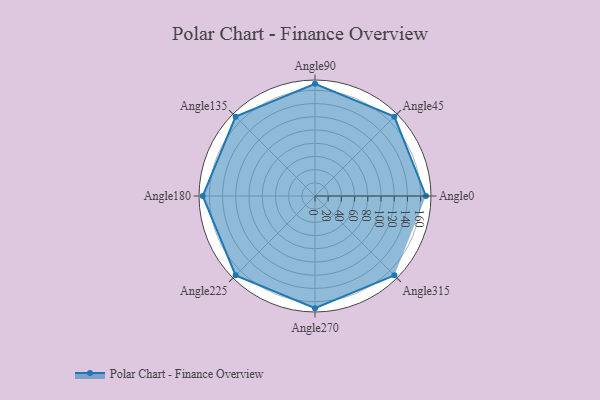
{"axis": {"x": "Angle", "y": "Radius"}, "legend": [""], "data": [{"x": "Angle0", "y": 168.0, "type": ""}, {"x": "Angle45", "y": 170.0, "type": ""}, {"x": "Angle90", "y": 170, "type": ""}, {"x": "Angle135", "y": 170, "type": ""}, {"x": "Angle180", "y": 170.0, "type": ""}, {"x": "Angle225", "y": 170, "type": ""}, {"x": "Angle270", "y": 170, "type": ""}, {"x": "Angle315", "y": 170, "type": ""}]}